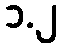
၁.၂